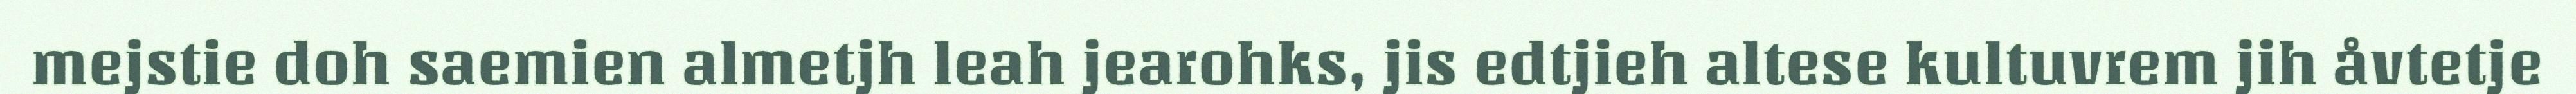
mejstie doh saemien almetjh leah jearohks, jis edtjieh altese kultuvrem jih åvtetje